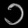
Digit: ၁